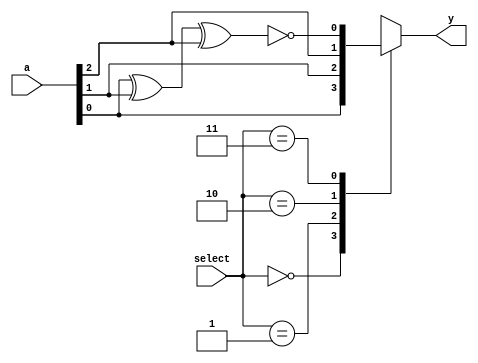
module hw3_extra (

	input [2:0] a,
	input [1:0] select,
	output reg y);

	wire OA;
	
	assign OA = ~(a[0] ^ a[1] ^ a[2]);
	
	always@(a or select)
		begin
		
			case(select)
				
				2'b00 : y = a[0];
				2'b01 : y = a[1];
				2'b10 : y = a[2];
				2'b11 : y = OA;
				
			endcase
		end
		
endmodule